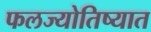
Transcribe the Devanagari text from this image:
फलज्योतिष्यात